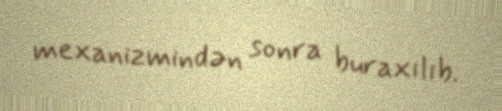
mexanizmindən sonra buraxılıb.